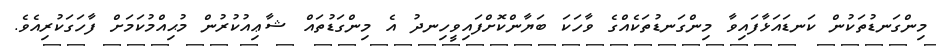
މިންގަނޑުތަކުން ކަނޑައަޅާފައިވާ މިންގަނޑުތަކެއްގެ ވާހަކަ ބަޔާންކޮށްފައިވީހިނދު އެ މިންގަޑުތައް ޝާޢިއުކުރުން މުޙިއްމުކަމަށް ފާހަގަކުރިއެވެ.